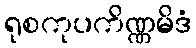
ရုစကုပကိဏ္ဏမိဒံ